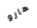
هارو